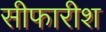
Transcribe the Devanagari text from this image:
सीफारीश